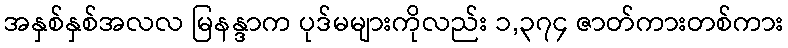
အနှစ်နှစ်အလလ မြနန္ဒာက ပုဒ်မများကိုလည်း ၁,၃၇၄ ဇာတ်ကားတစ်ကား